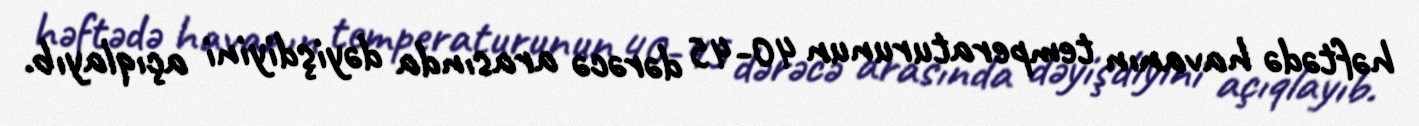
həftədə havanın temperaturunun 40-45 dərəcə arasında dəyişdiyini açıqlayıb.